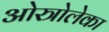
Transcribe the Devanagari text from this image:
ओस्त्रोलेका